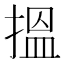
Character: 搵